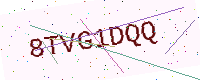
Text: 8TVG1DQQ